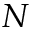
N